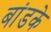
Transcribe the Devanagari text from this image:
बांडके